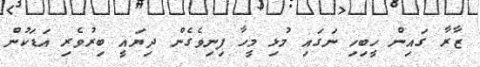
ޒާރާ ގައިން ހީބިހި ނަގައި މުޅި މީހާ ފިނިވެގެން ދިޔައީ ބިރުވެރި އަޑަކުން